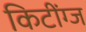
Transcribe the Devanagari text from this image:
किटींग्ज